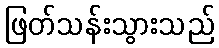
ဖြတ်သန်းသွားသည်